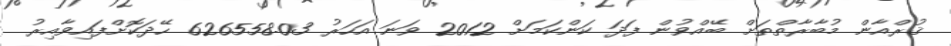
ޤުރްއާން މުބާރާތްތަށް ބޭއްވުން ފަދަ ކަންކަމަށް 2012 ވަނަ އަހަރު 626558.03 ހޭދަކޮށްފައިވާއިރު